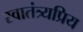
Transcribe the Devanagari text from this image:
स्वातंत्र्यप्रिय